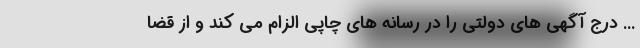
... درج آگهی های دولتی را در رسانه های چاپی الزام می کند و از قضا